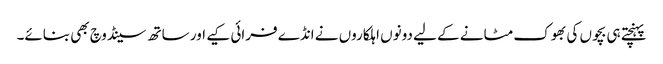
پہنچتے ہی بچوں کی بھوک مٹانے کے لیے دونوں اہلکاروں نے انڈے فرائی کیے اور ساتھ سینڈوچ بھی بنائے۔